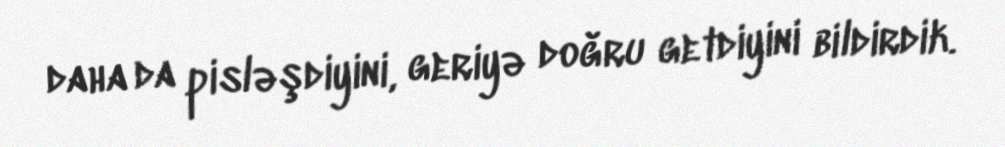
daha da pisləşdiyini, geriyə doğru getdiyini bildirdik.